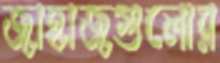
জাহাজগুলোর